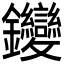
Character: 𨰺